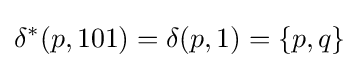
\delta ^{*}(p,101)=\delta (p,1)=\{p,q\}